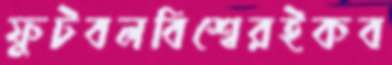
ফুটবলবিশ্বেরইকব